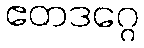
ဧတဒဂ္ဂေ